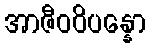
အာဇီဝဝိပန္နော